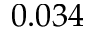
0 . 0 3 4